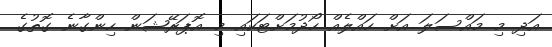
އަދި މި މައްސަލަ އަށް ހައްލެއް ހޯދުމަށްޓަކައި މި އޮޕަރޭޝަން ހިންގާނެ ގޮތުގެ